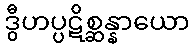
ဒွီဟပ္ပဋိစ္ဆန္နာယော